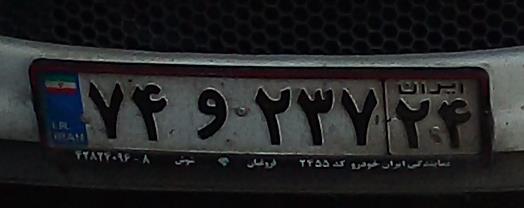
۷۴و۲۳۷۲۴